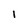
Character: 1